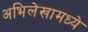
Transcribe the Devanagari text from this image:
अभिलेखामध्ये